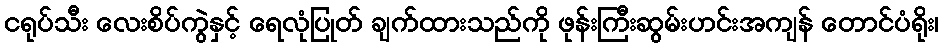
ငရုပ်သီး လေးစိပ်ကွဲနှင့် ရေလုံပြုတ် ချက်ထားသည်ကို ဖုန်းကြီးဆွမ်းဟင်းအကျန် တောင်ပံရိုး၊